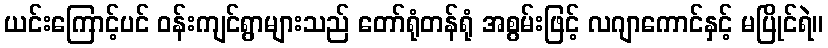
ယင်းကြောင့်ပင် ဝန်းကျင်ရွာများသည် တော်ရုံတန်ရုံ အစွမ်းဖြင့် လဂျာကောင်နှင့် မပြိုင်ရဲ။